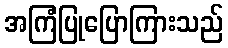
အကြံပြုပြောကြားသည်